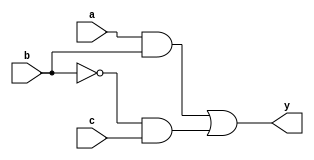
module combinational_logic_block (
    input wire a,      // Input variable a
    input wire b,      // Input variable b
    input wire c,      // Input variable c
    output wire y      // Output variable y
);

// Logic Expression derived from minimization techniques
// Example: y = (a AND b) OR (NOT b AND c)
assign y = (a & b) | (~b & c);

endmodule